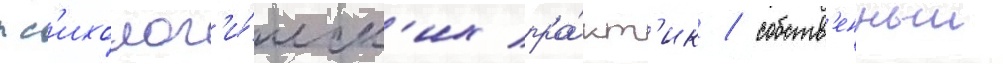
пс'ихолог'и́ческ'их пра́кт'ик / собств'енныи